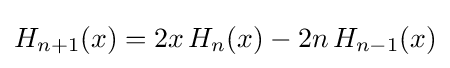
H_{n+1}(x)=2x\,H_{n}(x)-2n\,H_{n-1}(x)